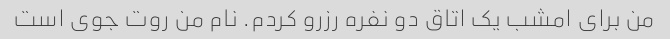
من برای امشب یک اتاق دو نفره رزرو کردم. نام من روت جوی است